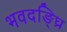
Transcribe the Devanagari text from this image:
भवदङ्घ्रि